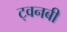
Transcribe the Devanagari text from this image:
ट्वनबी